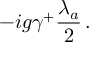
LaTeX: - i g \gamma ^ { + } \frac { \lambda _ { a } } { 2 } \, .